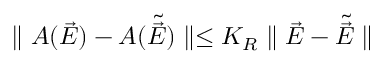
\parallel { \cal A } ( \vec { E } ) - { \cal A } ( \tilde { \vec { E } } ) \parallel \leq K _ { R } \parallel \vec { E } - \tilde { \vec { E } } \parallel